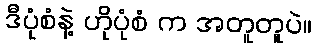
ဒီပုံစံနဲ့ ဟိုပုံစံ က အတူတူပဲ။